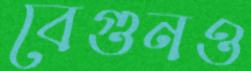
বেগুনও